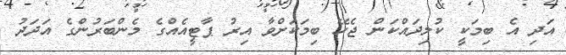
އަދި އެ ބިމަކީ ކުލިދައްކަން ޖެހޭ ބިމަކަށްވާ އިރު ޕާޓީއެއްގެ މެންބަރުންގެ އަދަދު